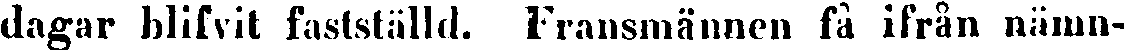
dagar blifvit fastställd. Fransmännen få ifrån nämn-